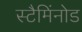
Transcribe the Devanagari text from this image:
स्टैमिंनोड